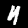
Digit: 4